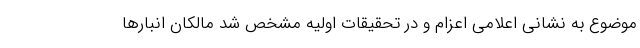
موضوع به نشانی اعلامی اعزام و در تحقیقات اولیه مشخص شد مالکان انبارها